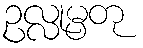
ဥလ္လုမ္ပတု